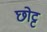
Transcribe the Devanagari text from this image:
छोट्ट